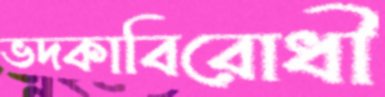
ভদকাবিরোধী